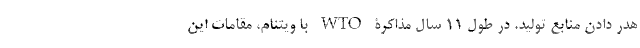
هدر دادن منابع تولید. در طول 11 سال مذاکرۀ WTO با ویتنام، مقامات این